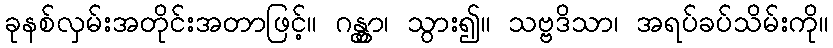
ခုနစ်လှမ်းအတိုင်းအတာဖြင့်။ ဂန္တွာ၊ သွား၍။ သဗ္ဗဒိသာ၊ အရပ်ခပ်သိမ်းကို။